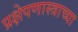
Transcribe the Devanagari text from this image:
प्रक्षेपणास्त्राच्या